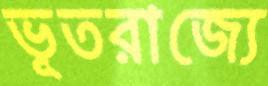
ভূতরাজ্যে